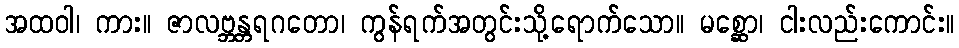
အထဝါ၊ ကား။ ဇာလဗ္ဘန္တရဂတော၊ ကွန်ရက်အတွင်းသို့ရောက်သော။ မစ္ဆော၊ ငါးလည်းကောင်း။